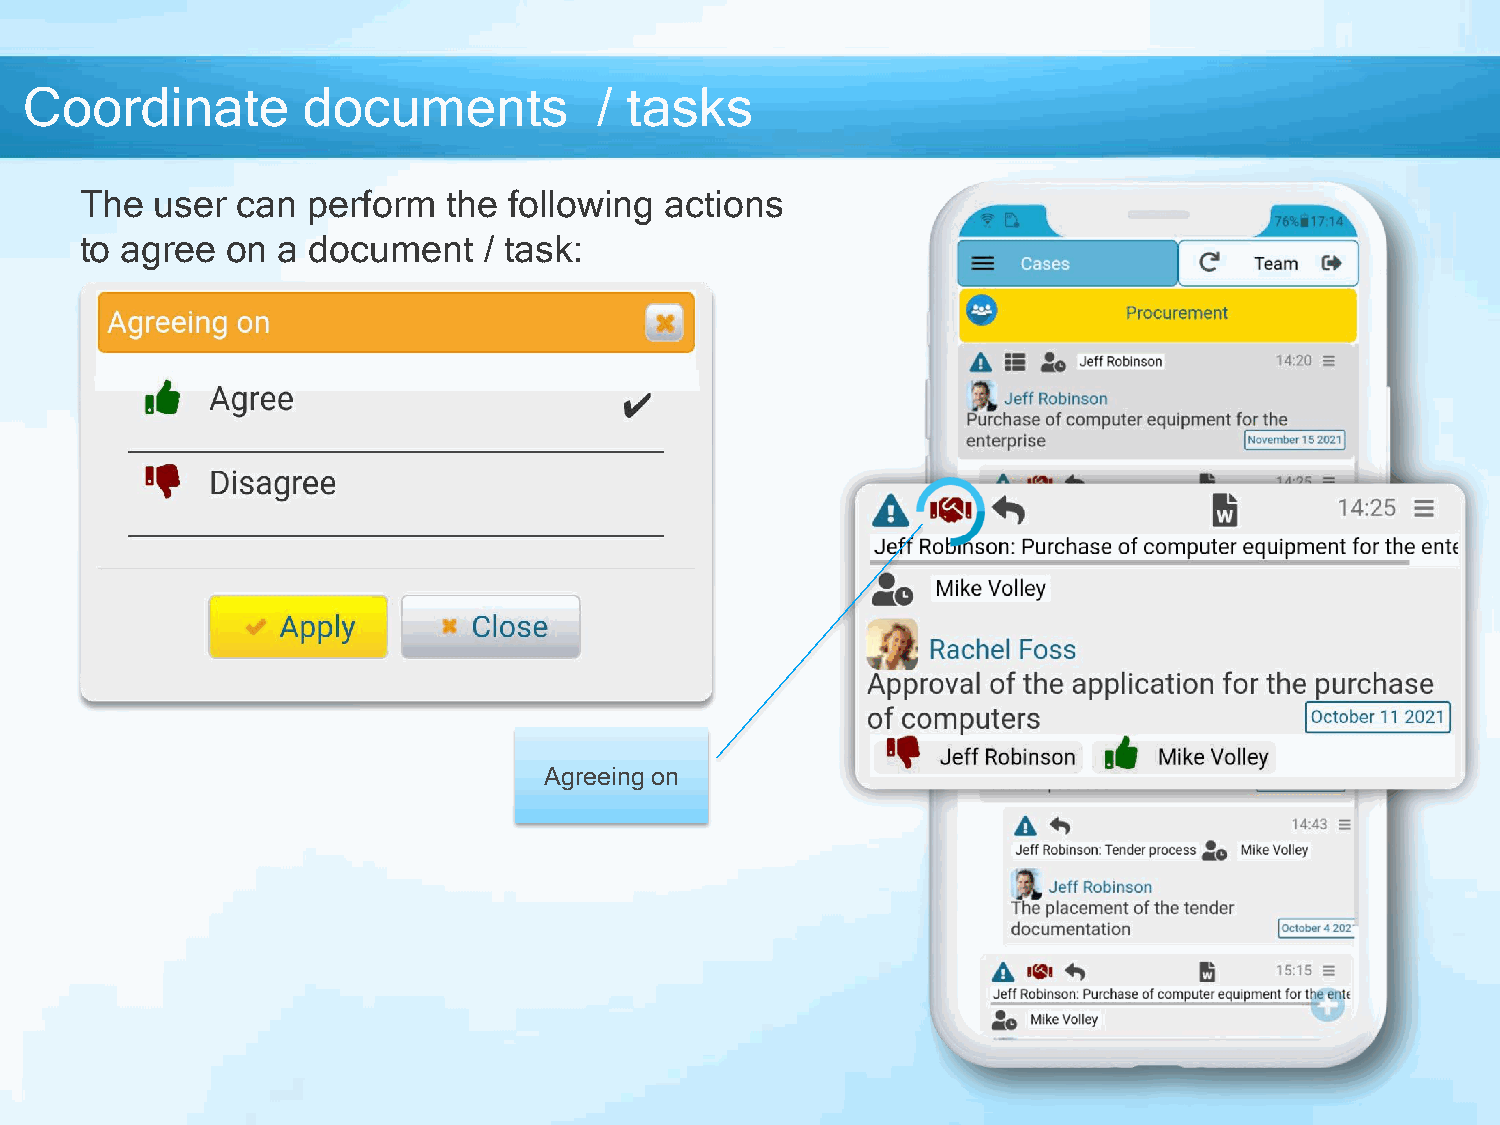
Coordinate        documents           / tasks
 The  user  can perform   the following actions
 to agree  on a document    / task:
 Agreeing on